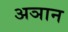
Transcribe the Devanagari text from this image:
अञान